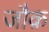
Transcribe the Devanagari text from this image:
जौक़